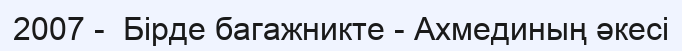
2007 -  Бірде багажникте - Ахмединың әкесі